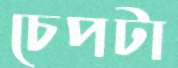
চেপটা